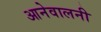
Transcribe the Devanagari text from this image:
आनेवालनी